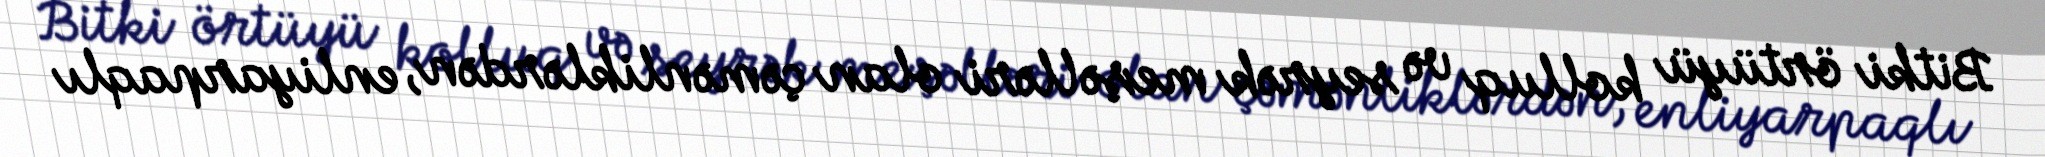
Bitki örtüyü kolluq və seyrək meşəlləri olan çəmənliklərdən, enliyarpaqlı